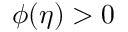
\phi ( \eta ) > 0